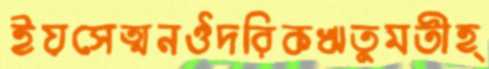
ইয়সেত্মনঔদরিকঋতুমতীহ্